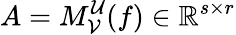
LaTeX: A=M_{\mathcal{V}}^{\mathcal{U}}(f)\in\mathbb{R}^{s\times r}